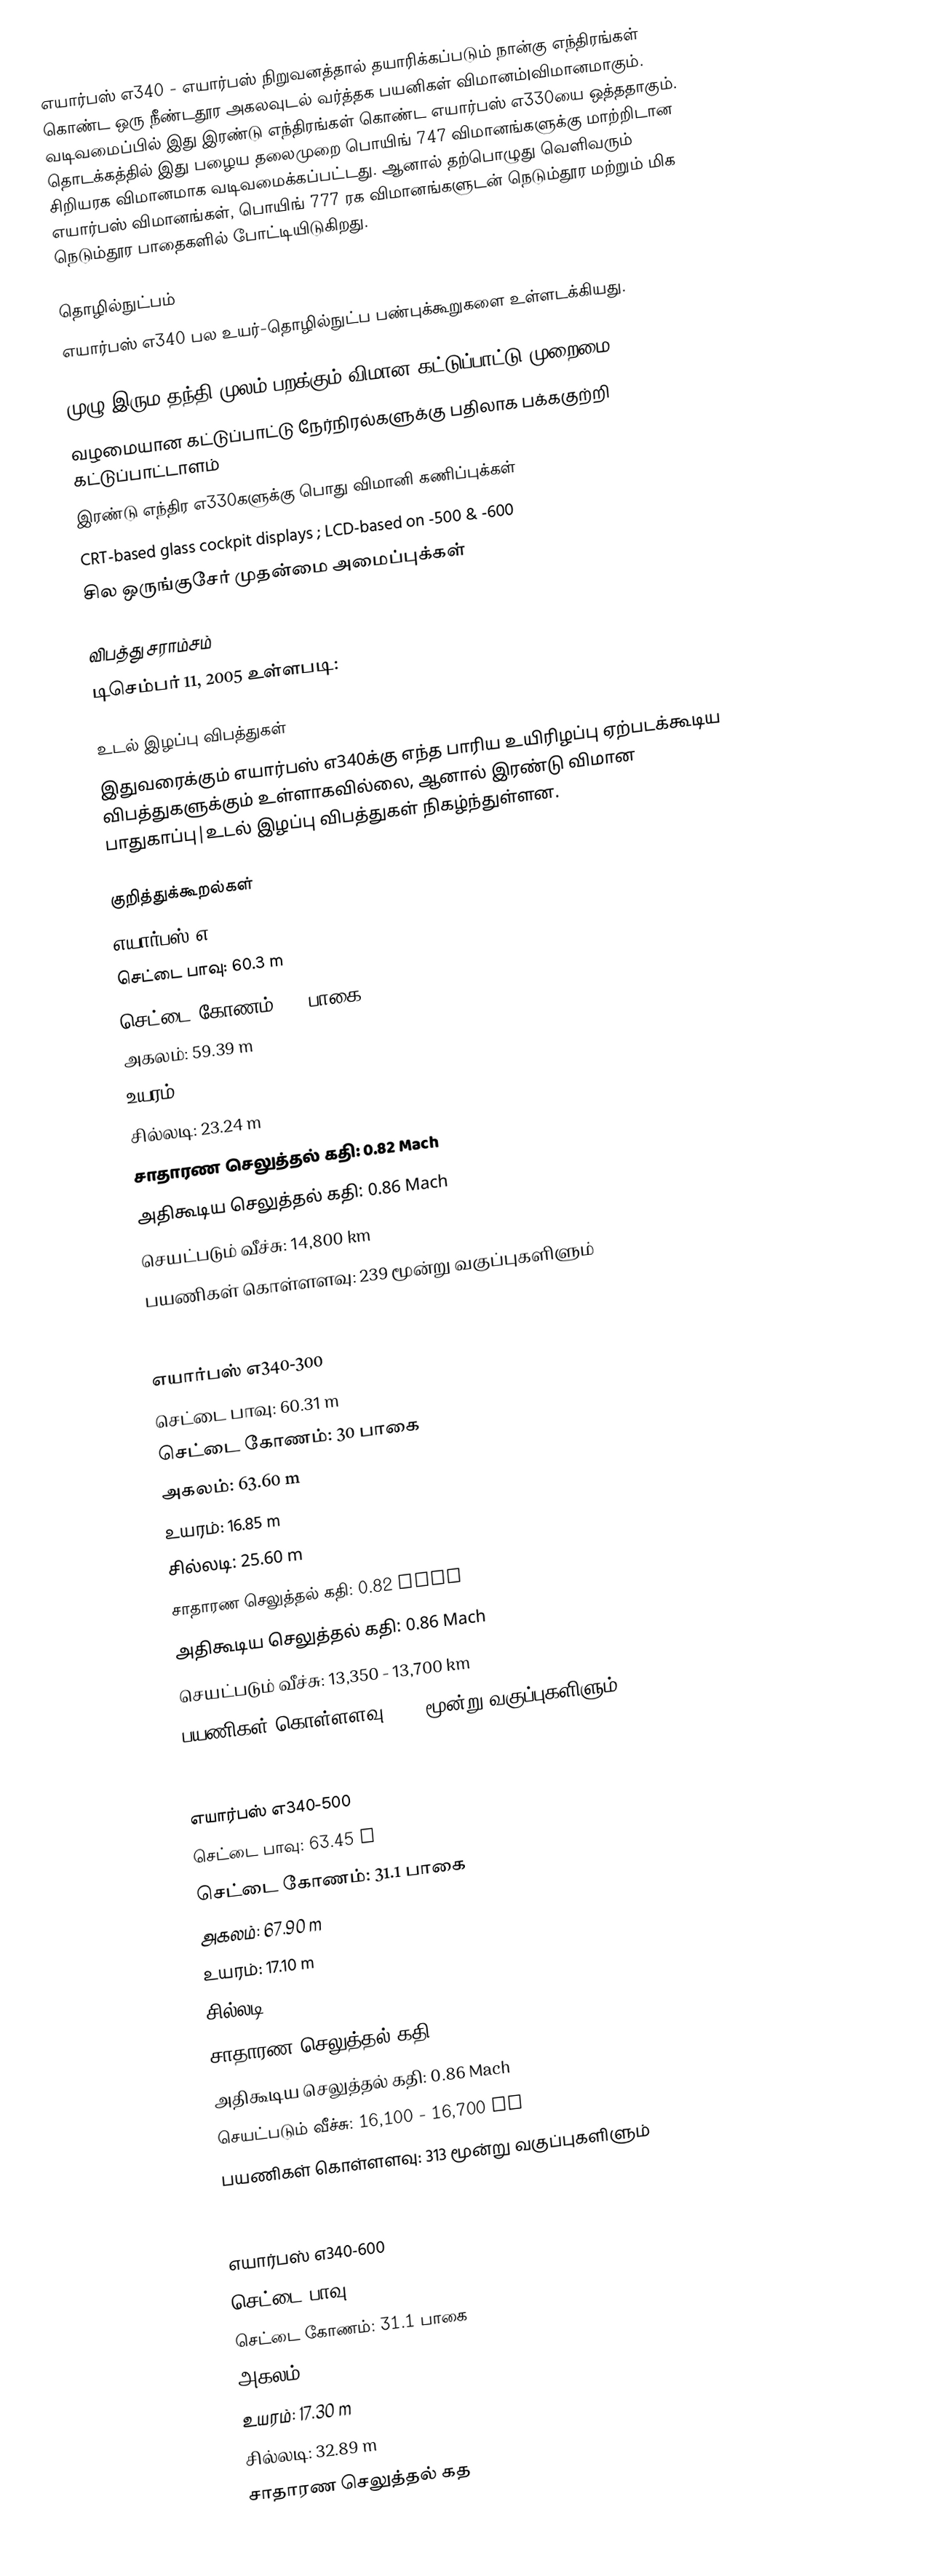
எயார்பஸ் எ340 - எயார்பஸ் நிறுவனத்தால் தயாரிக்கப்படும் நான்கு எந்திரங்கள் கொண்ட ஒரு நீண்டதூர அகலவுடல் வர்த்தக பயனிகள் விமானம்|விமானமாகும். வடிவமைப்பில் இது இரண்டு எந்திரங்கள் கொண்ட எயார்பஸ் எ330யை ஒத்ததாகும். தொடக்கத்தில் இது பழைய தலைமுறை பொயிங் 747 விமானங்களுக்கு மாற்றிடான சிறியரக விமானமாக வடிவமைக்கப்பட்டது. ஆனால் தற்பொழுது வெளிவரும் எயார்பஸ் விமானங்கள், பொயிங் 777 ரக விமானங்களுடன் நெடும்தூர மற்றும் மிக நெடும்தூர பாதைகளில் போட்டியிடுகிறது.

தொழில்நுட்பம்
எயார்பஸ் எ340 பல உயர்-தொழில்நுட்ப பண்புக்கூறுகளை உள்ளடக்கியது.

 முழு இரும தந்தி-முலம்-பறக்கும் விமான கட்டுப்பாட்டு முறைமை
 வழமையான கட்டுப்பாட்டு நேர்நிரல்களுக்கு பதிலாக பக்ககுற்றி கட்டுப்பாட்டாளம்
 இரண்டு எந்திர எ330களுக்கு பொது விமானி கணிப்புக்கள்
 CRT-based glass cockpit displays ; LCD-based on -500 & -600
 சில ஒருங்குசேர் முதன்மை அமைப்புக்கள்

விபத்து சராம்சம்
டிசெம்பர் 11, 2005 உள்ளபடி:

உடல் இழப்பு விபத்துகள்
இதுவரைக்கும் எயார்பஸ் எ340க்கு எந்த பாரிய உயிரிழப்பு ஏற்படக்கூடிய விபத்துகளுக்கும் உள்ளாகவில்லை, ஆனால் இரண்டு விமான பாதுகாப்பு|உடல் இழப்பு விபத்துகள் நிகழ்ந்துள்ளன.

குறித்துக்கூறல்கள்
எயார்பஸ் எ340-200
 செட்டை பாவு: 60.3 m
 செட்டை கோணம்: 30 பாகை
 அகலம்: 59.39 m
 உயரம்: 16.7 m
 சில்லடி: 23.24 m
 சாதாரண செலுத்தல் கதி: 0.82 Mach
 அதிகூடிய செலுத்தல் கதி: 0.86 Mach
 செயட்படும் வீச்சு: 14,800 km
 பயணிகள் கொள்ளளவு: 239 மூன்று வகுப்புகளிளும்

எயார்பஸ் எ340-300
 செட்டை பாவு: 60.31 m
 செட்டை கோணம்: 30 பாகை
 அகலம்: 63.60 m
 உயரம்: 16.85 m
 சில்லடி: 25.60 m
 சாதாரண செலுத்தல் கதி: 0.82 Mach
 அதிகூடிய செலுத்தல் கதி: 0.86 Mach
 செயட்படும் வீச்சு: 13,350 - 13,700 km
 பயணிகள் கொள்ளளவு: 295 மூன்று வகுப்புகளிளும்

எயார்பஸ் எ340-500
 செட்டை பாவு: 63.45 m
 செட்டை கோணம்: 31.1 பாகை
 அகலம்: 67.90 m
 உயரம்: 17.10 m
 சில்லடி: 27.59 m
 சாதாரண செலுத்தல் கதி: 0.83 Mach
 அதிகூடிய செலுத்தல் கதி: 0.86 Mach
 செயட்படும் வீச்சு: 16,100 - 16,700 km
 பயணிகள் கொள்ளளவு: 313 மூன்று வகுப்புகளிளும்

எயார்பஸ் எ340-600
 செட்டை பாவு: 63.45 m
 செட்டை கோணம்: 31.1 பாகை
 அகலம்: 75.30 m
 உயரம்: 17.30 m
 சில்லடி: 32.89 m
 சாதாரண செலுத்தல் கத